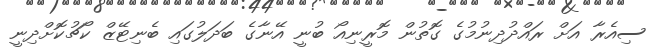
ސިއެރާ އަށް ރައްދުދިނުމުގެ ގޮތުން މޮރީނިއޯ ބުނީ އޭނާގެ ބަދަލުގައި ބެނިޓޭޒް ކޯޗުކޮށްދިނީ